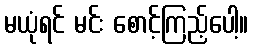
မယုံရင် မင်း စောင့်ကြည့်ပေါ့။